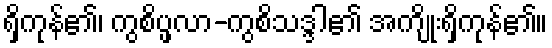
ရှိကုန်၏၊ ကွစိပ္ဖလာ-ကွစိသဒ္ဒါ၏ အကျိုးရှိကုန်၏။